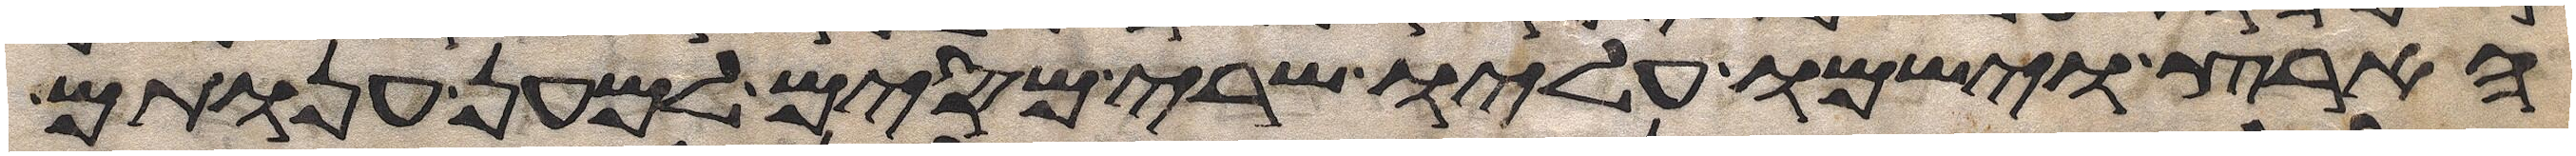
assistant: הארץ וישמו עליו שרי מסים למען ענותם